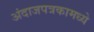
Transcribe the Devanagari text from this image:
अंदाजपत्रकामध्ये